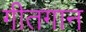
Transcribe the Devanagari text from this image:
गीतगान